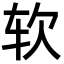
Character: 软